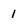
Character: 1